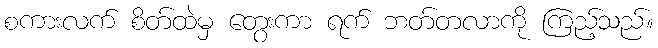
စကားလက် စိတ်ထဲမှ တွေးကာ ရက် ဘတ်တလာကို ကြည့်သည်။